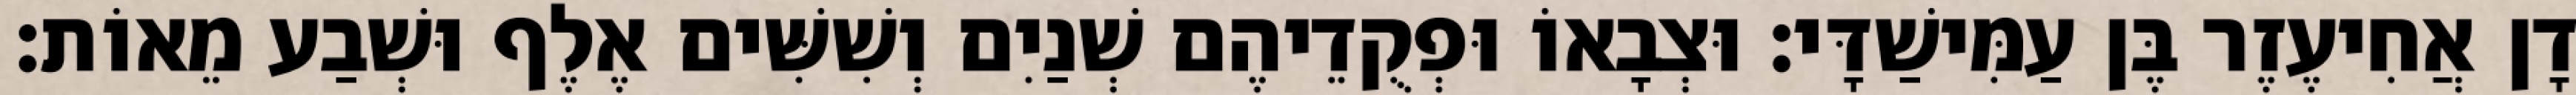
דָן אֲחִיעֶזֶר בֶּן עַמִּישַׁדָּי׃ וּצְבָאוֹ וּפְקֻדֵיהֶם שְׁנַיִם וְשִׁשִּׁים אֶלֶף וּשְׁבַע מֵאוֹת׃